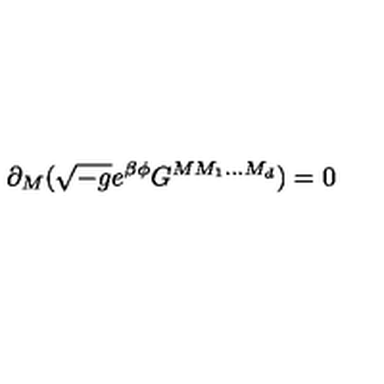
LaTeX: \partial _ { M } ( \sqrt { - g } e ^ { \beta \phi } G ^ { M M _ { 1 } . . . M _ { d } } ) = 0